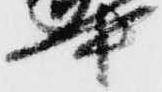
中